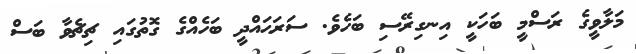
މަލާވީގެ ރަސްމީ ބަހަކީ އިނގިރޭސި ބަހެވެ. ސަރަޙައްދީ ބަހެއްގެ ގޮތުގައި ޗިޗެވާ ބަސް